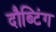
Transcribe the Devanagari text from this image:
दौब्टिंग